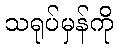
သရုပ်မှန်ကို